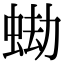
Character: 蜐